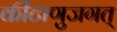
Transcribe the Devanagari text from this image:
कीटाणुजगत्